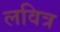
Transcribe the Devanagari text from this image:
लवित्र